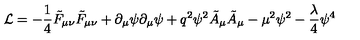
{ \cal L } = - \frac { 1 } { 4 } \tilde { F } _ { \mu \nu } \tilde { F } _ { \mu \nu } + \partial _ { \mu } \psi \partial _ { \mu } \psi + q ^ { 2 } \psi ^ { 2 } \tilde { A } _ { \mu } \tilde { A } _ { \mu } - \mu ^ { 2 } \psi ^ { 2 } - \frac { \lambda } { 4 } \psi ^ { 4 }